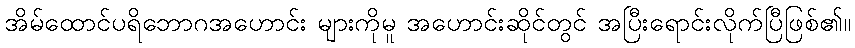
အိမ်ထောင်ပရိဘောဂအဟောင်း များကိုမူ အဟောင်းဆိုင်တွင် အပြီးရောင်းလိုက်ပြီဖြစ်၏။